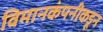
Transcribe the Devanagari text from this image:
विमानकंपनीकडून